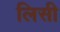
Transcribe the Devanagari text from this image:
लिसी